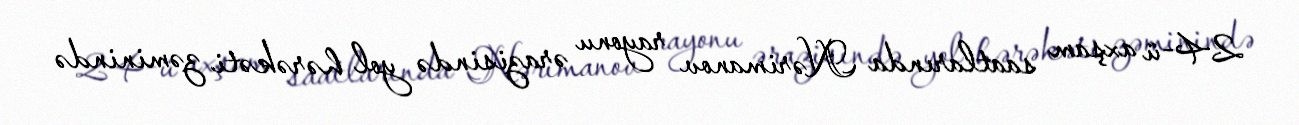
24-ü axşam saatlarında Nərimanov rayonu ərazisində yol hərəkəti zəminində